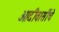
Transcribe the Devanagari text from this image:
आदीवासींचे